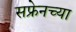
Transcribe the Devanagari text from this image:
सफ्रेनच्या